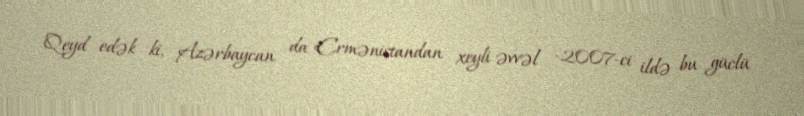
Qeyd edək ki, Azərbaycan da Ermənistandan xeyli əvvəl -2007-ci ildə bu güclü